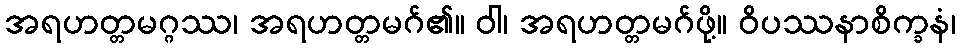
အရဟတ္တမဂ္ဂဿ၊ အရဟတ္တမဂ်၏။ ဝါ၊ အရဟတ္တမဂ်ဖို့။ ဝိပဿနာစိက္ခနံ၊